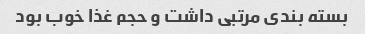
بسته بندی مرتبی داشت و حجم غذا خوب بود